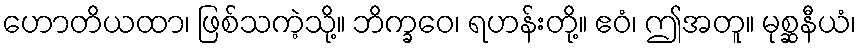
ဟောတိယထာ၊ ဖြစ်သကဲ့သို့။ ဘိက္ခဝေ၊ ရဟန်းတို့။ ဧဝံ၊ ဤအတူ။ မုစ္ဆနီယံ၊